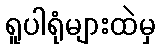
ရူပါရုံများထဲမှ